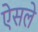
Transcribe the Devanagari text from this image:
ऐसले